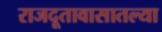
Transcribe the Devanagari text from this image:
राजदूतावासातल्या